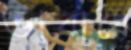
ভাবাবে